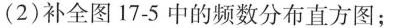
(2)补全图17-5中的频数分布直方图；